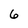
Character: 6